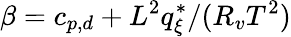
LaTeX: \beta=c_{p,d}+L^{2}q_{\xi}^{*}/(R_{v}T^{2})